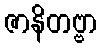
ဇာနိတဗ္ဗာ